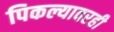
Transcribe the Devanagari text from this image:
पिकल्यावरही